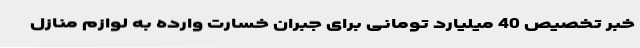
خبر تخصیص 40 میلیارد تومانی برای جبران خسارت وارده به لوازم منازل